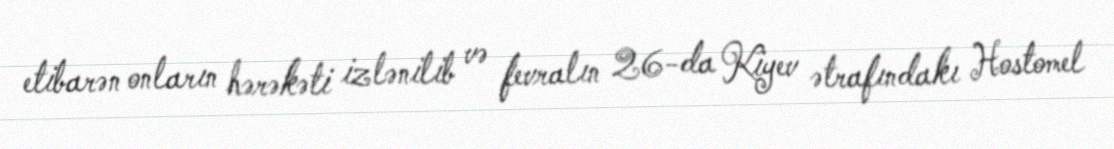
etibarən onların hərəkəti izlənilib və fevralın 26-da Kiyev ətrafındakı Hostomel